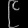
Digit: ၉